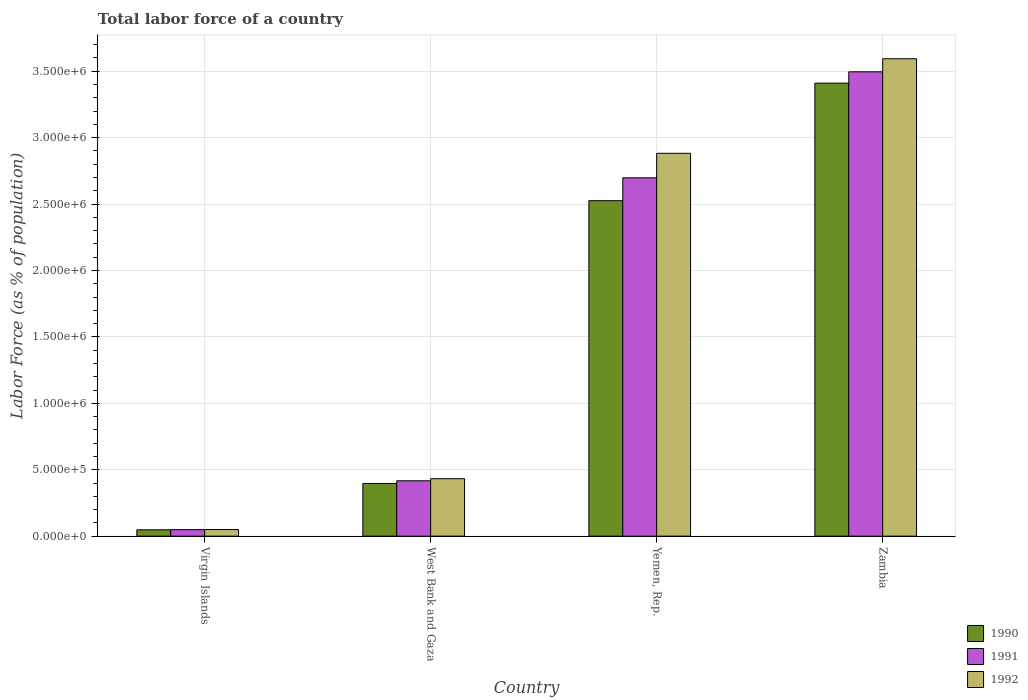
| Country | 1990 | 1991 | 1992 |
 | --- | --- | --- | --- |
 | Virgin Islands | 4.78e+04 | 4.91e+04 | 5e+04 |
 | West Bank and Gaza | 3.97e+05 | 4.17e+05 | 4.33e+05 |
 | Yemen, Rep. | 2.53e+06 | 2.7e+06 | 2.88e+06 |
 | Zambia | 3.41e+06 | 3.5e+06 | 3.59e+06 |